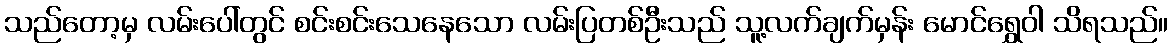
သည်တော့မှ လမ်းပေါ်တွင် စင်းစင်းသေနေသော လမ်းပြတစ်ဦးသည် သူ့လက်ချက်မှန်း မောင်ရွှေဝါ သိရသည်။